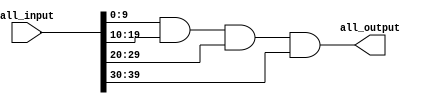
module psi
#(
parameter W = 10, // = |sigma|
parameter N = 4
)
(	
	all_input,
	all_output
);


input [N*W-1:0] all_input; 
output [W-1:0] all_output; 

wire [N*W-W-1:0] con_wire; // Connection wire  

assign con_wire [W-1:0] = all_input [W-1:0] & all_input [2*W-1:W];
genvar i; 
generate 
    for (i=1 ; i<N-1; i=i+1) begin: main_conn
	assign con_wire [(i+1)*W-1:i*W] = con_wire [i*W-1:(i-1)*W] & all_input [(i+2)*W-1:(i+1)*W]; 
    end
endgenerate 

assign all_output = con_wire[(N-1)*W-1:(N-2)*W];

endmodule